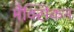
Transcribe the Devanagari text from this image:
मेंक्सिकन